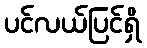
ပင်လယ်ပြင်ရှိ